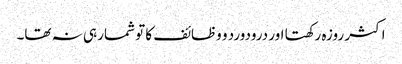
اکثر روزہ رکھتا اور درودورد و وظائف کا تو شمار ہی نہ تھا۔